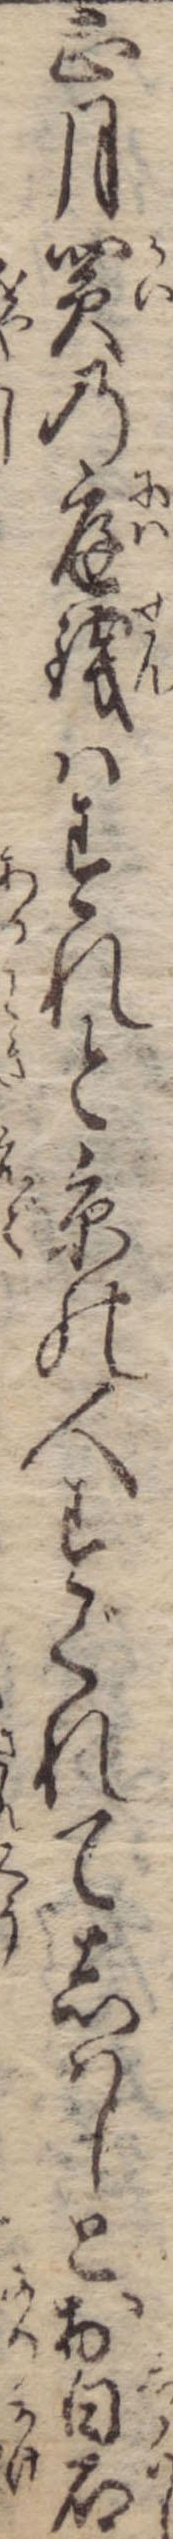
正月買の庭銭はすれと京の人すぐれてしはしとお白石